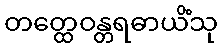
တတ္ထေဝန္တရဓာယိံသု